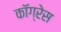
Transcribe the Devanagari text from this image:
काॅग्रेेस